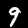
Digit: 9